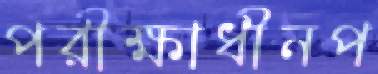
পরীক্ষাধীনপ